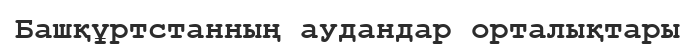
Башқұртстанның аудандар орталықтары